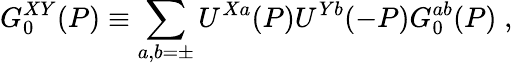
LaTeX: {G}_{0}^{XY}(P)\equiv\sum_{a,b=\pm}U^{Xa}(P)U^{Yb}(-P)G_{0}^{ab}(P)\; ,